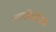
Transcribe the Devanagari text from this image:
श्यामबिहारीजी